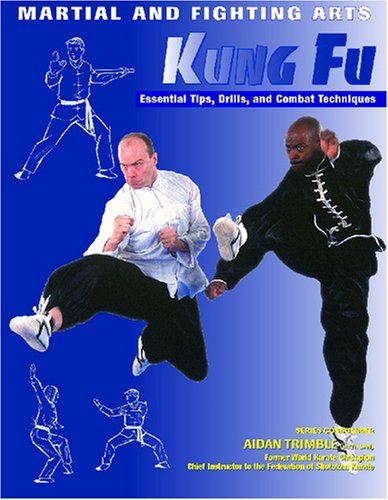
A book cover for Kung Fu (Martial and Fighting Arts); Nathan Johnson; Teen & Young Adult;